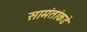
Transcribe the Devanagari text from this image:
सामंतांकडे